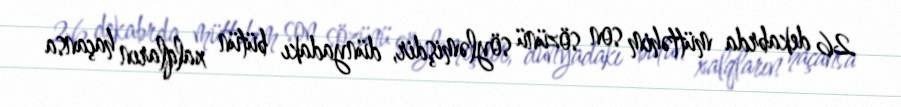
26 dekabrda müttəhim son sözünü söyləmişdir, dünyadakı bütün xalqların haçansa